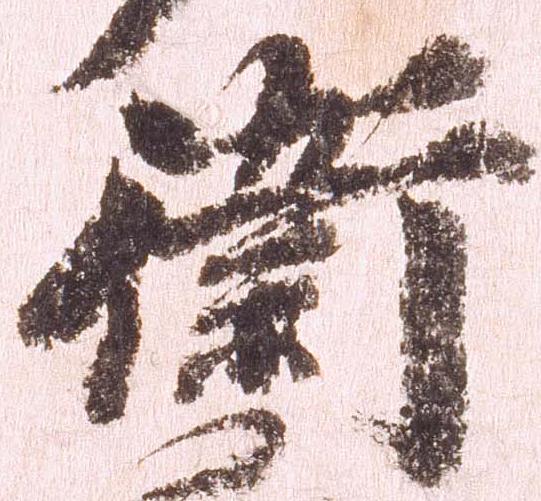
衛